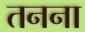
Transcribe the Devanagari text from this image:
तनना